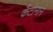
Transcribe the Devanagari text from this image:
कँटोनाने